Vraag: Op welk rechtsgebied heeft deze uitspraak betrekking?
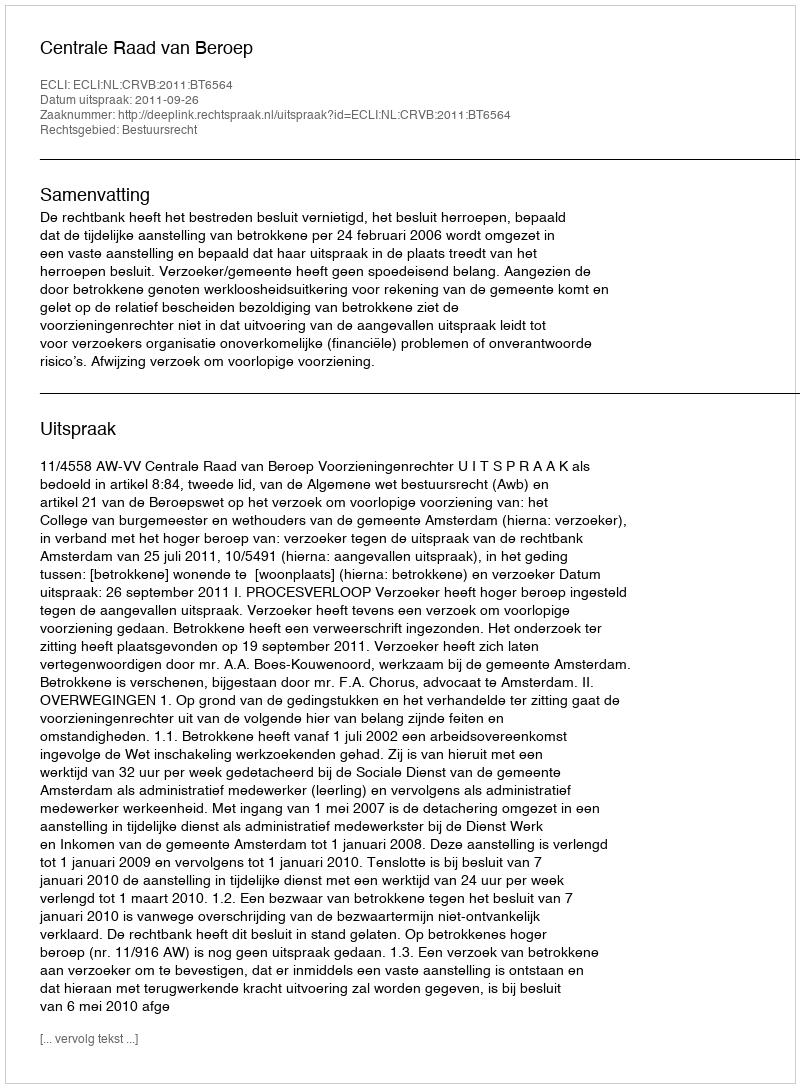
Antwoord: Bestuursrecht